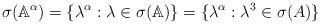
LaTeX: \begin{align*} \sigma(\mathbb{A}^\alpha)=\{\lambda^\alpha: \lambda\in\sigma(\mathbb{A})\}=\{\lambda^\alpha : \lambda^3 \in \sigma(A)\} \end{align*}